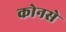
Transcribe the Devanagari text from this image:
कोनसे